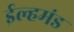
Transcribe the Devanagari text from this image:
ईल्हमंड